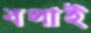
বলাই